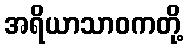
အရိယာသာဝကတို့